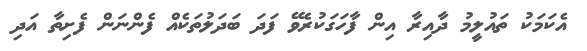
އެކަމަކު ތައުލީމު ދާއިރާ އިން ފާހަގަކުރެވޭ ފަދަ ބަދަލުތަކެއް ފެންނަން ފެށިތާ އަދި